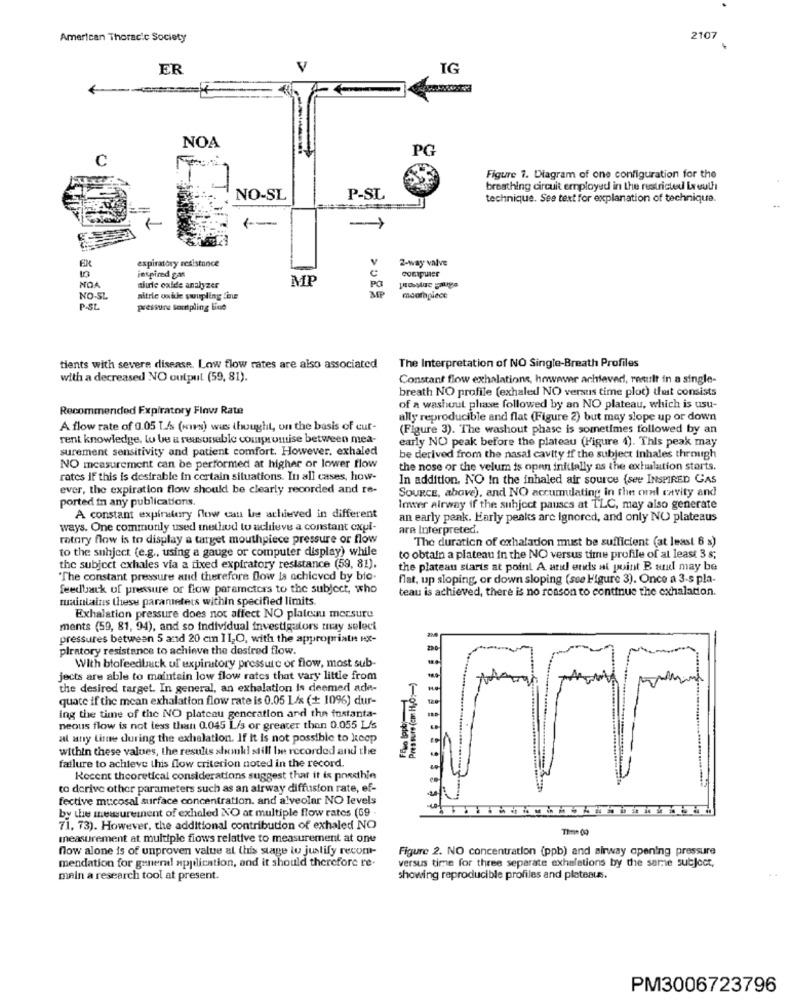
American Thoracic Society
2107
ER
V
IG
NOA
PG
C
Figure 7. Diagram of one configuration for the
breathing circuit employed in the restricted Lareuth
NO-SL
P-SL
technique. See text for explanation of technique.
(-
-
expiratory resistance
V
2-way valve
computer
NOA
inspired gas
MP
c
PG
diurle oxide analyzer
NO-SL
pitrle ookle swupling Line
mouthpiece
P-SL
pressure Sampling line
tients with severe disease. Low flow rates are also associated
The Interpretation of NO Single-Breath Profiles
with a decreased NO output (59, 81).
Constant flow exhalations, however achieved, result in a single-
breath NO profile (exhaled NO versus time plot) that consists
Recommended Expiratory Flow Rate
of a washout phase followed by an NO plateau, which is usu-
ally reproducible and flat (Figure 2) but may slope up or down
A flow rate of 0.05 L/s (wirs) was thought, on the basis of cut-
(Figure 3). The washout phase is sometimes followed by an
rent knowledge, to be a reasonable compromise between mea-
early NO peak before the plateau (Figure 4). This peak may
surement sensitivity and patient comfort. However, exhaled
be derived from the nasal cavity if the subject inhales through
NO measurement can be performed at higher or lower flow
the nose or the velum is open initially as the exhalation starts.
rates if this is desirable in certain situations. In all cases, how-
In addition. NO In the inhaled air source (see INSPIRED GAS
ever, the expiration flow should be clearly recorded and re-
SOURCE, above), and NO accumdating in the oral cavity and
ported in any publications.
Inwer airway if the subject pauses at TLC, may also generate
A constant expiratory flow can be achieved in different
an early peak. Early peaks are ignored, and only NO plateaus
ways. One commonly used method to achieve a constant cxul-
are Interpreted.
ratory flow is to display a target mouthpiece pressure or flow
The duration of exhalation must be sufficient (at least 6 s)
to the subject (e.g ., using a gauge or computer display) while
to obtain a plateau in the NO versus time profile of at least 3 s;
the subject exhales via a fixed expiratory resistance (59, 81).
the plateau starts at point A and ends at point B and may be
"The constant pressure and therefore flow Is achieved by bio-
flat, up sloping, or down sloping (see Figure 3). Once a 3-s pla-
feedback of pressure or flow parameters to the subject, who
teau is achieved, there is no reason to continue the exhalation.
maintains these parameters within specified limits
Exhalation pressure does not affect NO plateau mersure
ments (59, 81, 94), and so individual investigators may select
pressures between 5 and 20 cm 1120, with the appropriate HX-
piratory resistance to achieve the desired flow.
With biofeedback of expiratory pressure or flow, most sub-
jects are able to maintain low flow rates that vary little from
Pressure (cm H,O ;- )
the desired target. In general, an exhalation is deemed ade-
quate if the mean exhalation flow rate is 0.05 L/s (+ 10%) dur-
ing the time of the NO plateau generation and the fustanta-
neous flow is not less than 0.045 L/s or greater than 0.055 L/s
al any Linee during the exhalation. If It Is not possible to keep
within these values, the results shonki still be recorded and the
failure to achieve this flow criterion noted in the record.
Recent theoretical considerations suggest that it is possible
to derive other parameters such as an airway diffusion rate, ef-
fective mucosal surface concentration. and alveolar NO levels
by the measurement of exholed NO at multiple flow rates (69
71, 73). However, the additional contribution of exhaledi NO
Time 09
measurement at multiple flows relative to measurement at one
flow alone is of unproven value at this stage to justify recom-
Figure 2. NO concentration (ppb) and airway opening pressure
mendation for general application, and it should therefore re-
versus time for three separate exhalations by the samme subject,
main a research tool at present.
showing reproducible profiles and plateaus.
PM3006723796